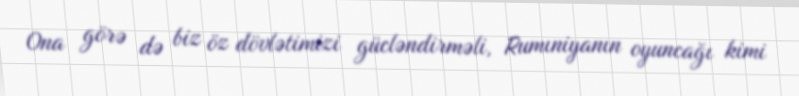
Ona görə də biz öz dövlətimizi gücləndirməli, Rumıniyanın oyuncağı kimi